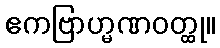
ဧကဗြာဟ္မဏဝတ္ထု။